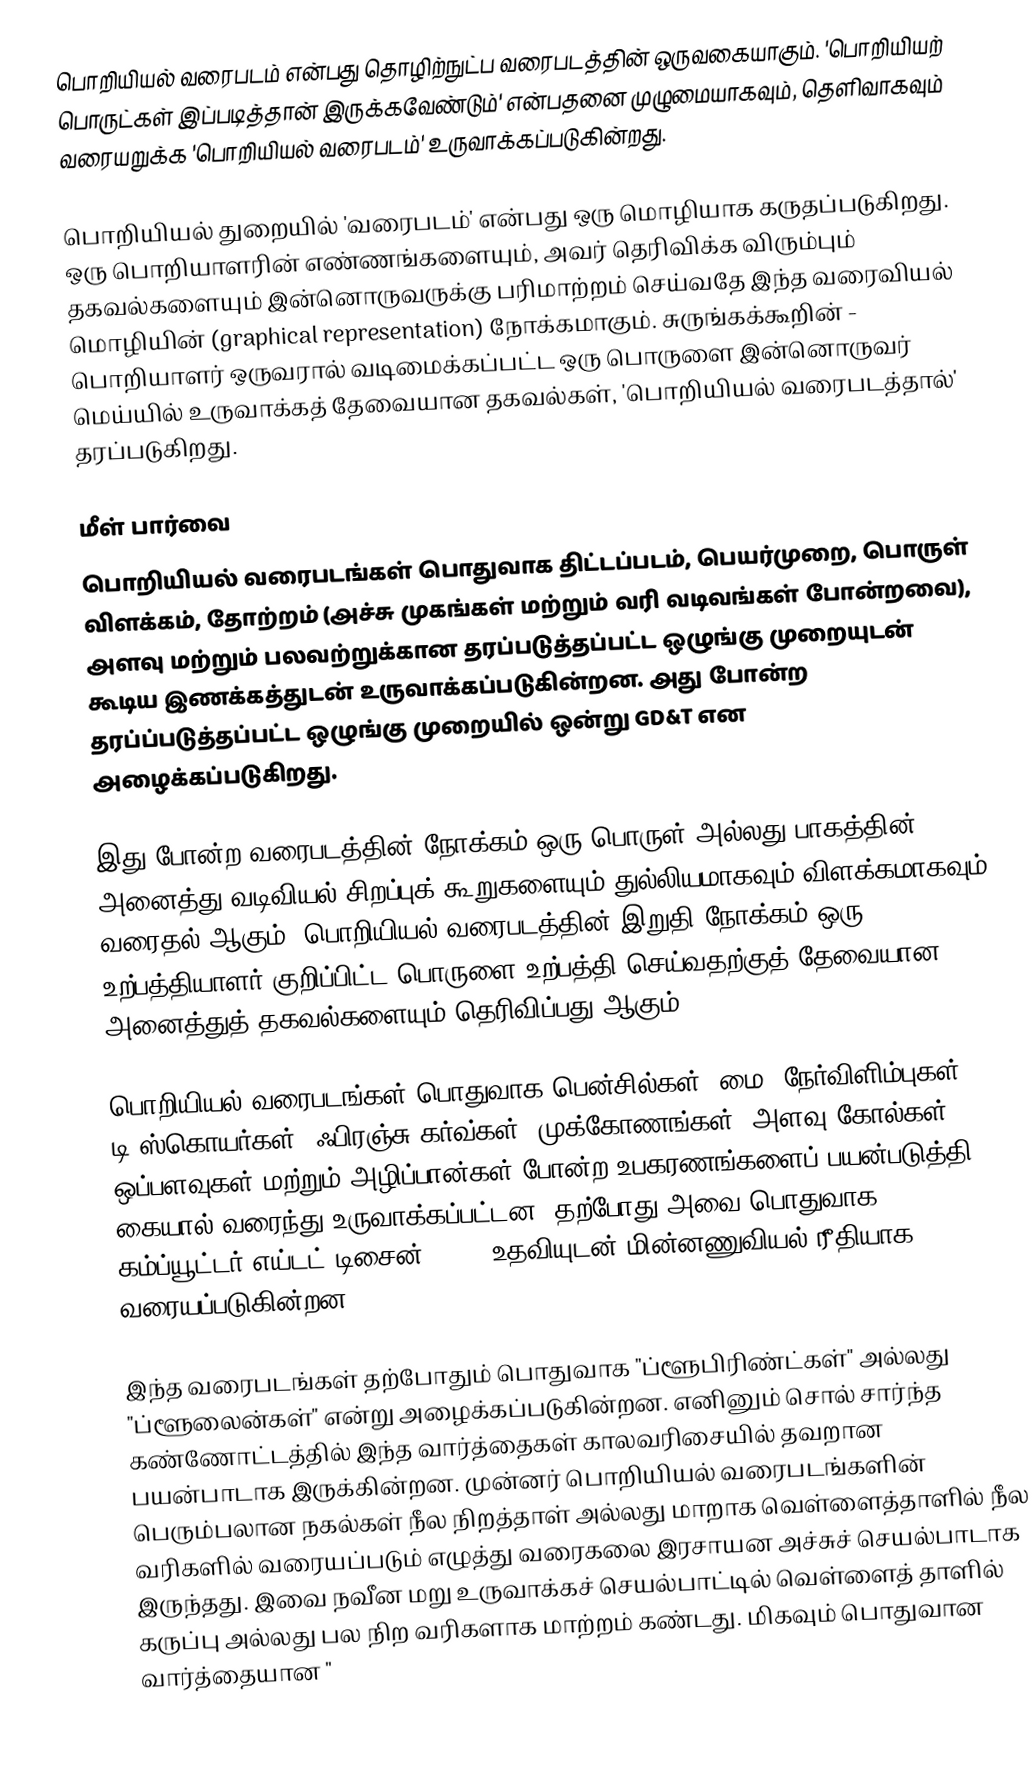
பொறியியல் வரைபடம் என்பது தொழிற்நுட்ப வரைபடத்தின் ஒருவகையாகும். 'பொறியியற் பொருட்கள் இப்படித்தான் இருக்கவேண்டும்'  என்பதனை முழுமையாகவும், தெளிவாகவும் வரையறுக்க 'பொறியியல் வரைபடம்' உருவாக்கப்படுகின்றது.

பொறியியல் துறையில் 'வரைபடம்' என்பது ஒரு மொழியாக கருதப்படுகிறது. ஒரு பொறியாளரின் எண்ணங்களையும், அவர் தெரிவிக்க விரும்பும் தகவல்களையும் இன்னொருவருக்கு பரிமாற்றம் செய்வதே இந்த வரைவியல் மொழியின் (graphical representation) நோக்கமாகும். சுருங்கக்கூறின் - பொறியாளர் ஒருவரால் வடிமைக்கப்பட்ட ஒரு பொருளை இன்னொருவர் மெய்யில் உருவாக்கத் தேவையான தகவல்கள், 'பொறியியல் வரைபடத்தால்' தரப்படுகிறது.

மீள் பார்வை
பொறியியல் வரைபடங்கள் பொதுவாக திட்டப்படம், பெயர்முறை, பொருள் விளக்கம், தோற்றம் (அச்சு முகங்கள் மற்றும் வரி வடிவங்கள் போன்றவை), அளவு மற்றும் பலவற்றுக்கான தரப்படுத்தப்பட்ட ஒழுங்கு முறையுடன் கூடிய இணக்கத்துடன் உருவாக்கப்படுகின்றன. அது போன்ற தரப்ப்படுத்தப்பட்ட ஒழுங்கு முறையில் ஒன்று GD&T என அழைக்கப்படுகிறது.

இது போன்ற வரைபடத்தின் நோக்கம் ஒரு பொருள் அல்லது பாகத்தின் அனைத்து வடிவியல் சிறப்புக் கூறுகளையும் துல்லியமாகவும் விளக்கமாகவும் வரைதல் ஆகும். பொறியியல் வரைபடத்தின் இறுதி நோக்கம் ஒரு உற்பத்தியாளர் குறிப்பிட்ட பொருளை உற்பத்தி செய்வதற்குத் தேவையான அனைத்துத் தகவல்களையும் தெரிவிப்பது ஆகும்.

பொறியியல் வரைபடங்கள் பொதுவாக பென்சில்கள், மை, நேர்விளிம்புகள், டி-ஸ்கொயர்கள், ஃபிரஞ்சு கர்வ்கள், முக்கோணங்கள், அளவு கோல்கள், ஒப்பளவுகள் மற்றும் அழிப்பான்கள் போன்ற உபகரணங்களைப் பயன்படுத்தி கையால் வரைந்து உருவாக்கப்பட்டன. தற்போது அவை பொதுவாக கம்ப்யூட்டர்-எய்டட் டிசைன் (CAD) உதவியுடன் மின்னணுவியல் ரீதியாக வரையப்படுகின்றன.

இந்த வரைபடங்கள் தற்போதும் பொதுவாக "ப்ளூபிரிண்ட்கள்" அல்லது "ப்ளூலைன்கள்" என்று அழைக்கப்படுகின்றன. எனினும் சொல் சார்ந்த கண்ணோட்டத்தில் இந்த வார்த்தைகள் காலவரிசையில் தவறான பயன்பாடாக இருக்கின்றன. முன்னர் பொறியியல் வரைபடங்களின் பெரும்பலான நகல்கள் நீல நிறத்தாள் அல்லது மாறாக வெள்ளைத்தாளில் நீல வரிகளில் வரையப்படும் எழுத்து வரைகலை இரசாயன அச்சுச் செயல்பாடாக இருந்தது. இவை நவீன மறு உருவாக்கச் செயல்பாட்டில் வெள்ளைத் தாளில் கருப்பு அல்லது பல நிற வரிகளாக மாற்றம் கண்டது. மிகவும் பொதுவான வார்த்தையான "